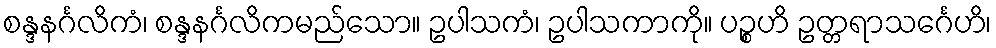
စန္ဒနင်္ဂလိကံ၊ စန္ဒနင်္ဂလိကမည်သော။ ဥပါသကံ၊ ဥပါသကာကို။ ပဉ္စဟိ ဥတ္တရာသင်္ဂေဟိ၊